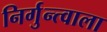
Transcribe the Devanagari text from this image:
निर्गुन्त्वाला